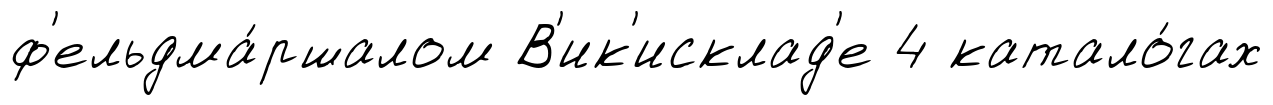
ф'ельдма́ршалом В'ик'исклад'е 4 катало́гах